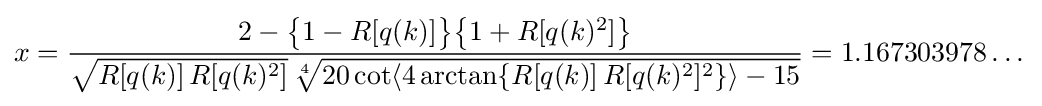
x={\frac {2-{\bigl \{}1-R[q(k)]{\bigr \}}{\bigl \{}1+R[q(k)^{2}]{\bigr \}}}{{\sqrt {R[q(k)]\,R[q(k)^{2}]}}\,{\sqrt[{4}]{20\cot \langle 4\arctan\{R[q(k)]\,R[q(k)^{2}]^{2}\}\rangle -15}}}}=1.167303978\dots